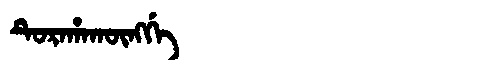
Manchu: ᡨᡠᡵᠠᡥᠠᡴᡡᠩᡤᡝ
Romanization: TURAHAKŪNGGE